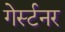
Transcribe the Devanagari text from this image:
गेर्स्टनर